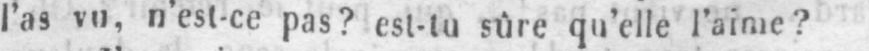
l’as vu, n’est-ce pas? est-tu sûre qu’elle l’aime?